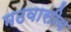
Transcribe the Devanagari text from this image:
मठवासीय